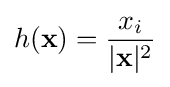
h(\mathbf {x} )={\frac {x_{i}}{|\mathbf {x} |^{2}}}